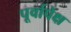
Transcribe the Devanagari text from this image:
पूर्वापेक्ष